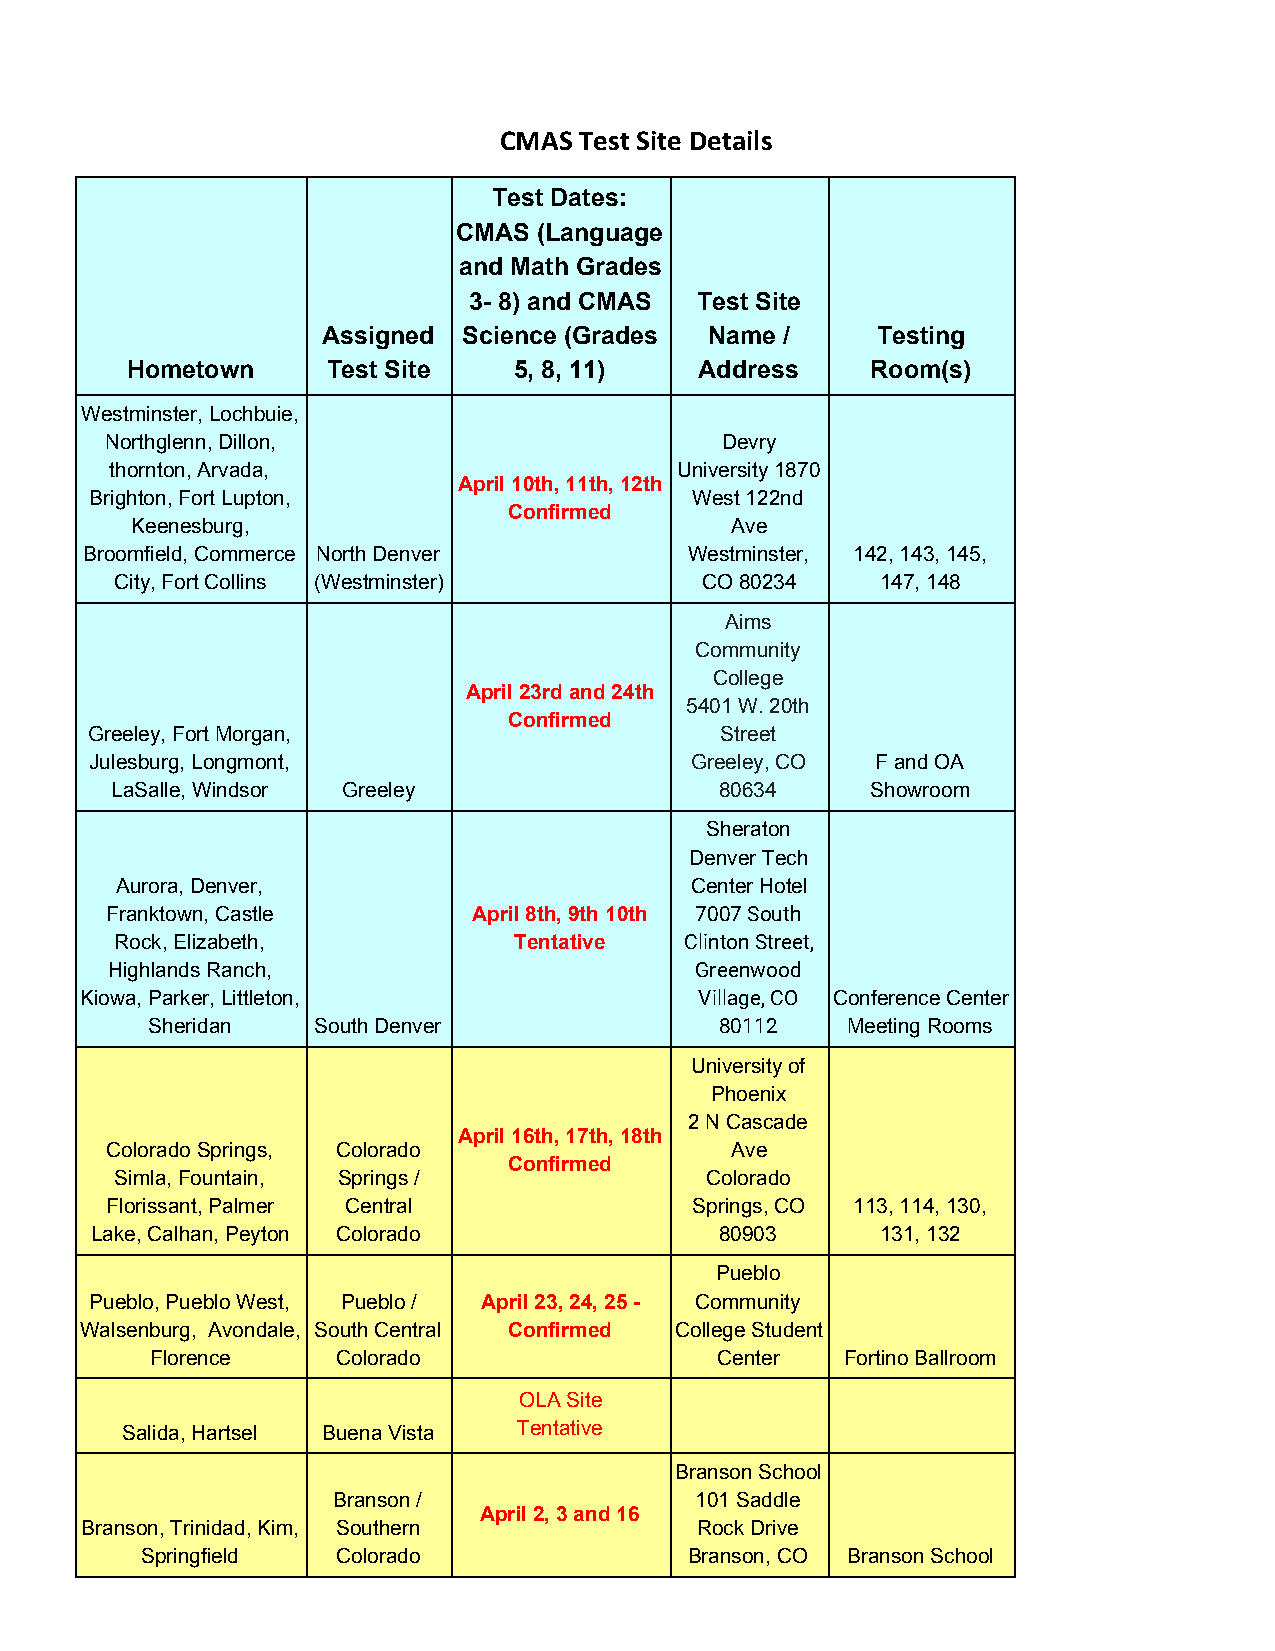
CMAS Test Site Details
 Test Dates:
 CMAS  (Language
 and Math Grades
 3- 8) and CMAS Test Site
 Assigned  Science (Grades Name /     Testing
 Hometown      Test Site   5, 8, 11)   Address     Room(s)
 Westminster, Lochbuie,
 Northglenn, Dillon,                      Devry
 thornton, Arvada,                     University 1870
 April 10th, 11th, 12th
 Brighton, Fort Lupton,                  West 122nd
 Confirmed
 Keenesburg,                            Ave
 Broomfield, Commerce North Denver        Westminster, 142, 143, 145,
 City, Fort Collins (Westminster)      CO 80234    147, 148
 Aims
 Community
 College
 April 23rd and 24th
 5401 W. 20th
 Confirmed
 Greeley, Fort Morgan,                     Street
 Julesburg, Longmont,                    Greeley, CO F and OA
 LaSalle, Windsor Greeley                 80634     Showroom
 Sheraton
 Denver Tech
 Aurora, Denver,                       Center Hotel
 Franktown, Castle       April 8th, 9th 10th 7007 South
 Rock, Elizabeth,          Tentative  Clinton Street,
 Highlands Ranch,                       Greenwood
 Kiowa, Parker, Littleton,                Village, CO Conference Center
 Sheridan   South Denver               80112   Meeting Rooms
 University of
 Phoenix
 2 N Cascade
 April 16th, 17th, 18th
 Colorado Springs, Colorado               Ave
 Confirmed
 Simla, Fountain, Springs /             Colorado
 Florissant, Palmer Central             Springs, CO 113, 114, 130,
 Lake, Calhan, Peyton Colorado             80903     131, 132
 Pueblo
 Pueblo, Pueblo West, Pueblo / April 23, 24, 25 - Community
 Walsenburg, Avondale, South Central Confirmed College Student
 Florence    Colorado                 Center   Fortino Ballroom
 OLA Site
 Salida, Hartsel Buena Vista Tentative
 Branson School
 Branson /               101 Saddle
 April 2, 3 and 16
 Branson, Trinidad, Kim, Southern         Rock Drive
 Springfield  Colorado                Branson, CO Branson School